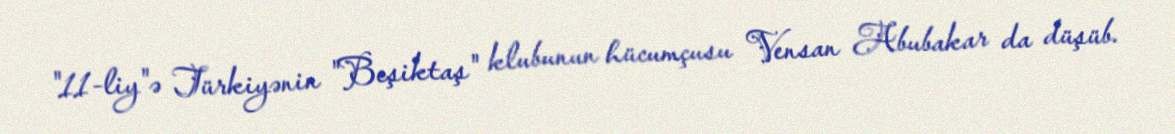
"11-liy"ə Türkiyənin "Beşiktaş" klubunun hücumçusu Vensan Abubakar da düşüb.